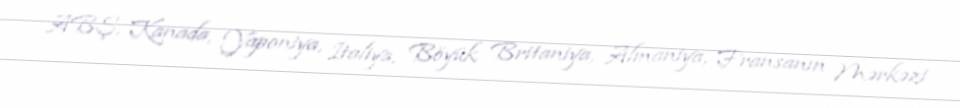
ABŞ, Kanada, Yaponiya, İtaliya, Böyük Britaniya, Almaniya, Fransanın Mərkəzi